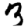
Digit: 3